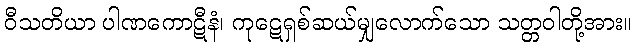
ဝီသတိယာ ပါဏကောဋီနံ၊ ကုဋေရှစ်ဆယ်မျှလောက်သော သတ္တဝါတို့အား။